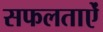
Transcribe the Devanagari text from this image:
सफलताऐं